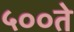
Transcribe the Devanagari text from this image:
५००ते